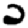
Digit: 2